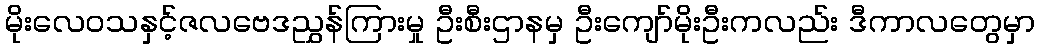
မိုးလေဝသနှင့်ဇလဗေဒညွှန်ကြားမှု ဦးစီးဌာနမှ ဦးကျော်မိုးဦးကလည်း ဒီကာလတွေမှာ